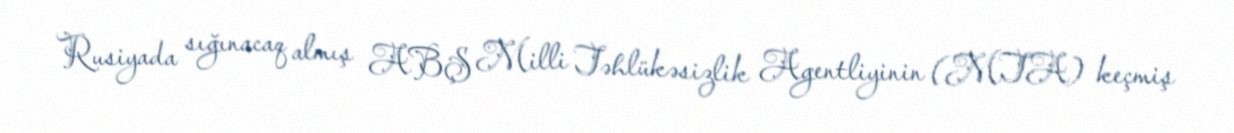
Rusiyada sığınacaq almış ABŞ Milli Təhlükəsizlik Agentliyinin (MTA) keçmiş